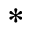
*